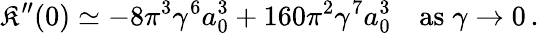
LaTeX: \mathfrak{K}^{\prime\prime}(0)\simeq-8\pi^{3}\gamma^{6}a_{0}^{3}+160\pi^{2}\gamma^{7}a_{0}^{3}\quad\mathrm{{as}}\; \gamma\to0\, .